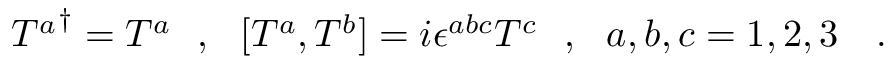
{ T ^ { a } } ^ { \dagger } = T ^ { a } \ \ , \ \ [ T ^ { a } , T ^ { b } ] = i \epsilon ^ { a b c } T ^ { c } \ \ , \ \ a , b , c = 1 , 2 , 3 \ \ \ .